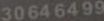
30646499